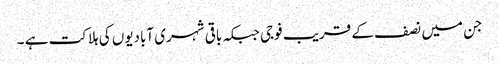
جن میں نصف کے قریب فوجی جبکہ باقی شہری آبادیوں کی ہلاکت ہے ۔